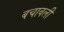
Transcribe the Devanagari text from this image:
बचावली